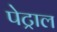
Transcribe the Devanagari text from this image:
पेट्राल